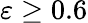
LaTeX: \varepsilon\geq 0.6